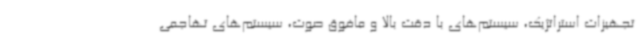
تجهیزات استراتژیک، سیستم‌های با دقت بالا و مافوق صوت، سیستم‌های تهاجمی